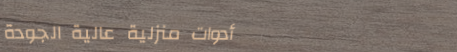
أدوات منزلية عالية الجودة